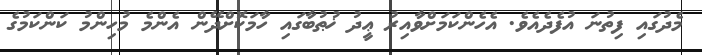
މެދުގައި ފިތުނަ އުފެދެއެވެ. އެހެންކަމަށްވާއިރު ޢީދު ޚުޠުބާގައި ހާމަކޮށްދޭން އެންމެ މުހިންމު ކަންކަމުގެ